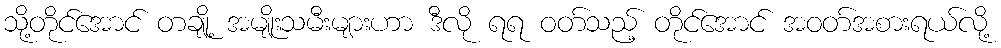
သို့တိုင်အောင် တချို့ အမျိုးသမီးများဟာ ဒီလို ရရ ဝတ်သည့် တိုင်အောင် အဝတ်အစားရယ်လို့